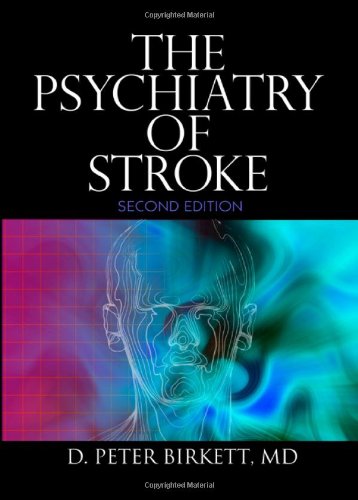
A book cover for The Psychiatry of Stroke; Health, Fitness & Dieting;